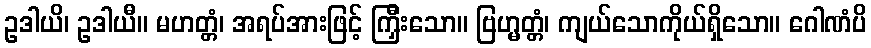
ဥဒါယိ၊ ဥဒါယီ။ မဟတ္တံ၊ အရပ်အားဖြင့် ကြှီးသော။ ဗြဟ္မတ္တံ၊ ကျယ်သောကိုယ်ရှိသော။ ဂေါဏံပိ